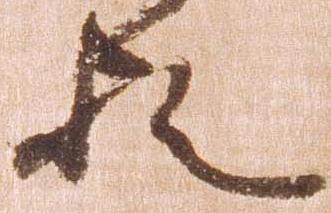
歟